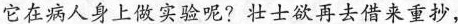
它在病人身上做实验呢？壮士欲再去借来重抄，